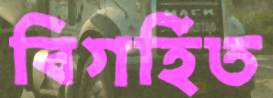
বিগর্হিত